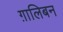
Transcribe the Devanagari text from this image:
ग़ालिबन